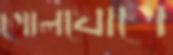
গোলযোগে